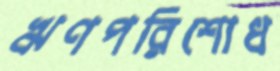
ঋণপরিশোধ